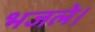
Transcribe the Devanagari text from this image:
भजले।